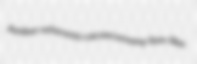
Amber referents cacoeconomy lion-like